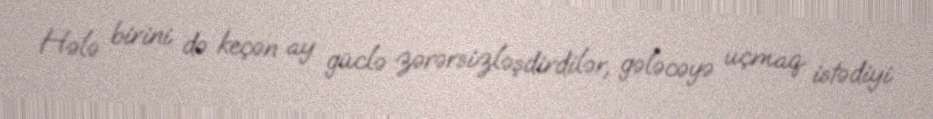
Hələ birini də keçən ay güclə zərərsizləşdirdilər, gələcəyə uçmaq istədiyi